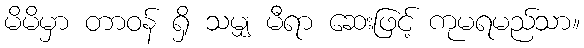
မိမိမှာ တာဝန် ရှိ သမျှ မီရာ ဆေးဖြင့် ကုမရမည်သာ။